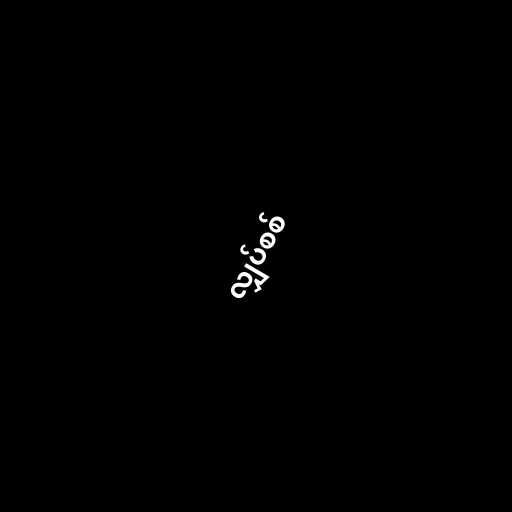
လျှပ်စစ်